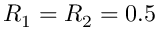
R _ { 1 } = R _ { 2 } = 0 . 5